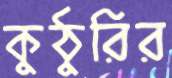
কুঠুরির